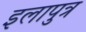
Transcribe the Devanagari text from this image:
इलापुत्र